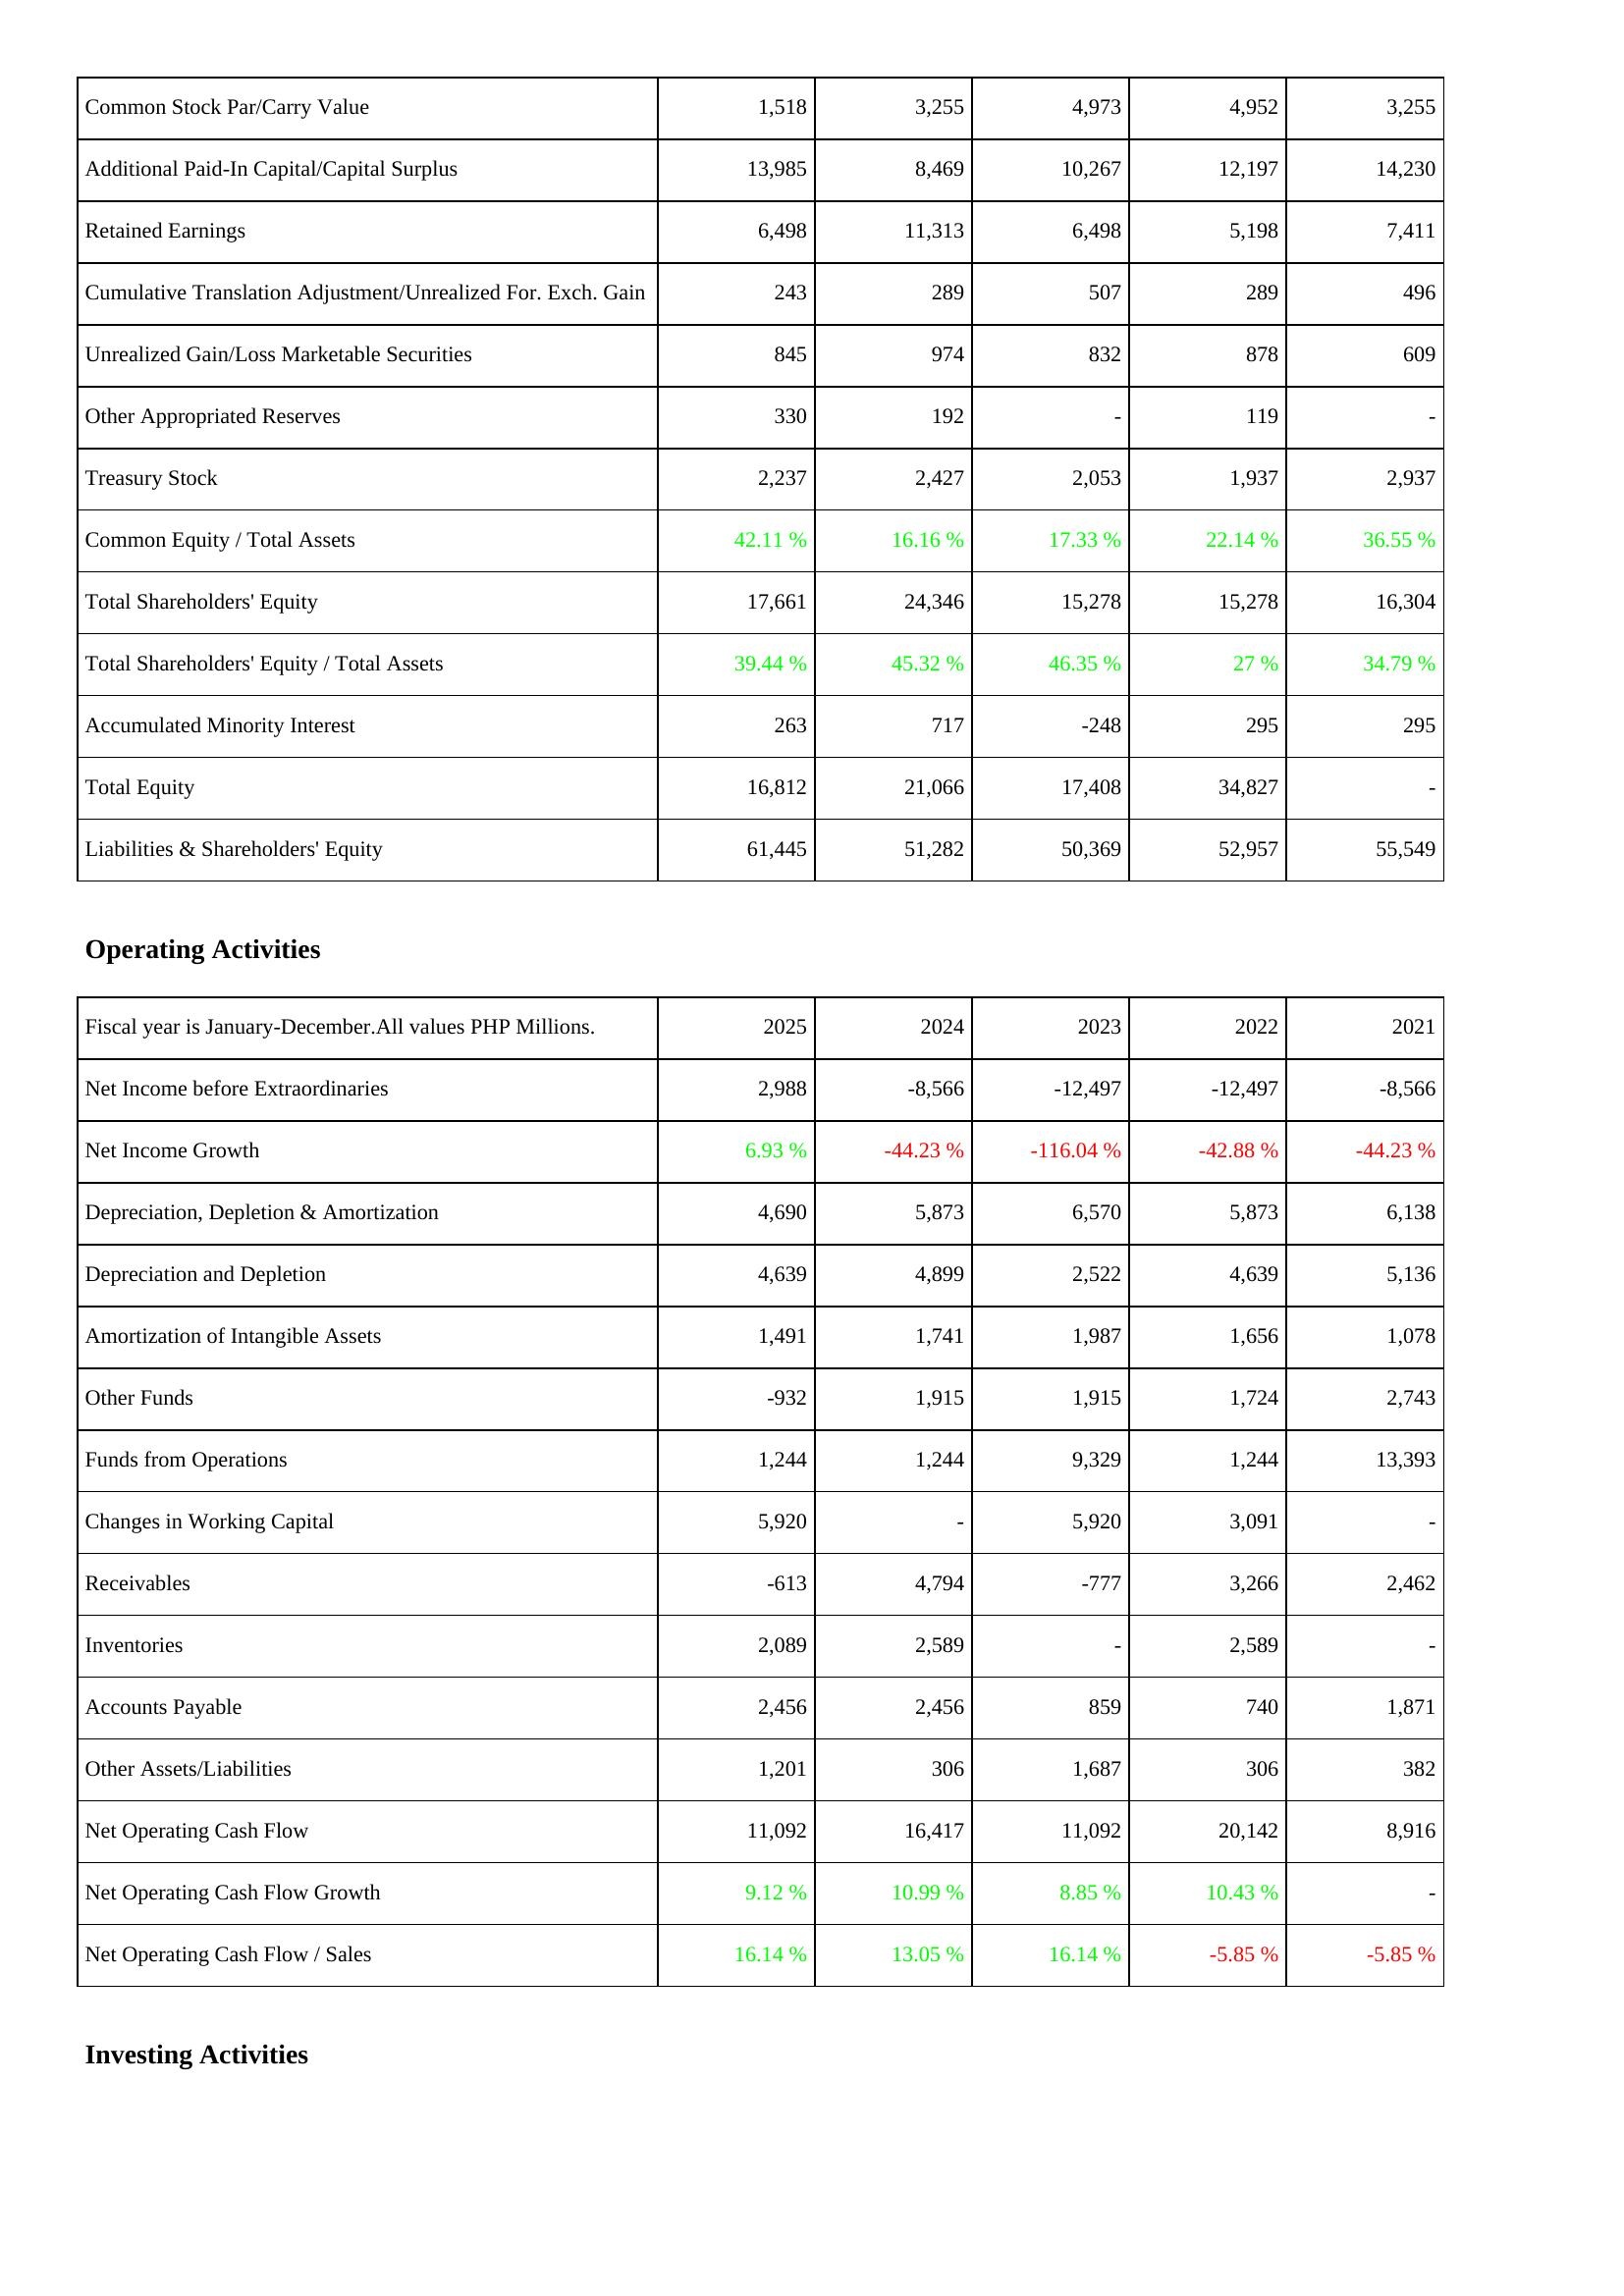
2025: Liabilities & Shareholders' Equity: Common Stock Par/Carry Value: 1,518
Additional Paid-In Capital/Capital Surplus: 13,985
Retained Earnings: 6,498
Cumulative Translation Adjustment/Unrealized For. Exch. Gain: 243
Unrealized Gain/Loss Marketable Securities: 845
Other Appropriated Reserves: 330
Treasury Stock: 2,237
Common Equity / Total Assets: 42.11 %
Total Shareholders' Equity: 17,661
Total Shareholders' Equity / Total Assets: 39.44 %
Accumulated Minority Interest: 263
Total Equity: 16,812
Liabilities & Shareholders' Equity: 61,445
Operating Activities: Net Income before Extraordinaries: 2,988
Net Income Growth: 6.93 %
Depreciation, Depletion & Amortization: 4,690
Depreciation and Depletion: 4,639
Amortization of Intangible Assets: 1,491
Other Funds: -932
Funds from Operations: 1,244
Changes in Working Capital: 5,920
Receivables: -613
Inventories: 2,089
Accounts Payable: 2,456
Other Assets/Liabilities: 1,201
Net Operating Cash Flow: 11,092
Net Operating Cash Flow Growth: 9.12 %
Net Operating Cash Flow / Sales: 16.14 %
2024: Liabilities & Shareholders' Equity: Common Stock Par/Carry Value: 3,255
Additional Paid-In Capital/Capital Surplus: 8,469
Retained Earnings: 11,313
Cumulative Translation Adjustment/Unrealized For. Exch. Gain: 289
Unrealized Gain/Loss Marketable Securities: 974
Other Appropriated Reserves: 192
Treasury Stock: 2,427
Common Equity / Total Assets: 16.16 %
Total Shareholders' Equity: 24,346
Total Shareholders' Equity / Total Assets: 45.32 %
Accumulated Minority Interest: 717
Total Equity: 21,066
Liabilities & Shareholders' Equity: 51,282
Operating Activities: Net Income before Extraordinaries: -8,566
Net Income Growth: -44.23 %
Depreciation, Depletion & Amortization: 5,873
Depreciation and Depletion: 4,899
Amortization of Intangible Assets: 1,741
Other Funds: 1,915
Funds from Operations: 1,244
Changes in Working Capital: -
Receivables: 4,794
Inventories: 2,589
Accounts Payable: 2,456
Other Assets/Liabilities: 306
Net Operating Cash Flow: 16,417
Net Operating Cash Flow Growth: 10.99 %
Net Operating Cash Flow / Sales: 13.05 %
2023: Liabilities & Shareholders' Equity: Common Stock Par/Carry Value: 4,973
Additional Paid-In Capital/Capital Surplus: 10,267
Retained Earnings: 6,498
Cumulative Translation Adjustment/Unrealized For. Exch. Gain: 507
Unrealized Gain/Loss Marketable Securities: 832
Other Appropriated Reserves: -
Treasury Stock: 2,053
Common Equity / Total Assets: 17.33 %
Total Shareholders' Equity: 15,278
Total Shareholders' Equity / Total Assets: 46.35 %
Accumulated Minority Interest: -248
Total Equity: 17,408
Liabilities & Shareholders' Equity: 50,369
Operating Activities: Net Income before Extraordinaries: -12,497
Net Income Growth: -116.04 %
Depreciation, Depletion & Amortization: 6,570
Depreciation and Depletion: 2,522
Amortization of Intangible Assets: 1,987
Other Funds: 1,915
Funds from Operations: 9,329
Changes in Working Capital: 5,920
Receivables: -777
Inventories: -
Accounts Payable: 859
Other Assets/Liabilities: 1,687
Net Operating Cash Flow: 11,092
Net Operating Cash Flow Growth: 8.85 %
Net Operating Cash Flow / Sales: 16.14 %
2022: Liabilities & Shareholders' Equity: Common Stock Par/Carry Value: 4,952
Additional Paid-In Capital/Capital Surplus: 12,197
Retained Earnings: 5,198
Cumulative Translation Adjustment/Unrealized For. Exch. Gain: 289
Unrealized Gain/Loss Marketable Securities: 878
Other Appropriated Reserves: 119
Treasury Stock: 1,937
Common Equity / Total Assets: 22.14 %
Total Shareholders' Equity: 15,278
Total Shareholders' Equity / Total Assets: 27 %
Accumulated Minority Interest: 295
Total Equity: 34,827
Liabilities & Shareholders' Equity: 52,957
Operating Activities: Net Income before Extraordinaries: -12,497
Net Income Growth: -42.88 %
Depreciation, Depletion & Amortization: 5,873
Depreciation and Depletion: 4,639
Amortization of Intangible Assets: 1,656
Other Funds: 1,724
Funds from Operations: 1,244
Changes in Working Capital: 3,091
Receivables: 3,266
Inventories: 2,589
Accounts Payable: 740
Other Assets/Liabilities: 306
Net Operating Cash Flow: 20,142
Net Operating Cash Flow Growth: 10.43 %
Net Operating Cash Flow / Sales: -5.85 %
2021: Liabilities & Shareholders' Equity: Common Stock Par/Carry Value: 3,255
Additional Paid-In Capital/Capital Surplus: 14,230
Retained Earnings: 7,411
Cumulative Translation Adjustment/Unrealized For. Exch. Gain: 496
Unrealized Gain/Loss Marketable Securities: 609
Other Appropriated Reserves: -
Treasury Stock: 2,937
Common Equity / Total Assets: 36.55 %
Total Shareholders' Equity: 16,304
Total Shareholders' Equity / Total Assets: 34.79 %
Accumulated Minority Interest: 295
Total Equity: -
Liabilities & Shareholders' Equity: 55,549
Operating Activities: Net Income before Extraordinaries: -8,566
Net Income Growth: -44.23 %
Depreciation, Depletion & Amortization: 6,138
Depreciation and Depletion: 5,136
Amortization of Intangible Assets: 1,078
Other Funds: 2,743
Funds from Operations: 13,393
Changes in Working Capital: -
Receivables: 2,462
Inventories: -
Accounts Payable: 1,871
Other Assets/Liabilities: 382
Net Operating Cash Flow: 8,916
Net Operating Cash Flow Growth: -
Net Operating Cash Flow / Sales: -5.85 %